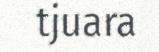
tjuara